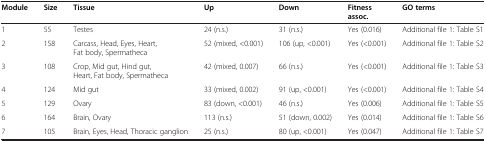
<table><thead><tr><td><b>Module</b></td><td><b>Size</b></td><td><b>Tissue</b></td><td><b>Up</b></td><td><b>Down</b></td><td><b>Fitness assoc.</b></td><td><b>GO terms</b></td></tr></thead><tbody><tr><td>1</td><td>55</td><td>Testes</td><td>24 (n.s.)</td><td>31 (n.s.)</td><td>Yes (0.016)</td><td>Additional file 1: Table S1</td></tr><tr><td>2</td><td>158</td><td>Carcass, Head, Eyes, Heart, Fat body, Spermatheca</td><td>52 (mixed, &lt;0.001)</td><td>106 (up, &lt;0.001)</td><td>Yes (&lt;0.001)</td><td>Additional file 1: Table S2</td></tr><tr><td>3</td><td>108</td><td>Crop, Mid gut, Hind gut, Heart, Fat body, Spermatheca</td><td>42 (mixed, 0.007)</td><td>66 (n.s.)</td><td>Yes (&lt;0.001)</td><td>Additional file 1: Table S3</td></tr><tr><td>4</td><td>124</td><td>Mid gut</td><td>33 (mixed, 0.002)</td><td>91 (up, &lt;0.001)</td><td>Yes (&lt;0.001)</td><td>Additional file 1: Table S4</td></tr><tr><td>5</td><td>129</td><td>Ovary</td><td>83 (down, &lt;0.001)</td><td>46 (n.s.)</td><td>Yes (0.006)</td><td>Additional file 1: Table S5</td></tr><tr><td>6</td><td>164</td><td>Brain, Ovary</td><td>113 (n.s.)</td><td>51 (down, 0.002)</td><td>Yes (0.014)</td><td>Additional file 1: Table S6</td></tr><tr><td>7</td><td>105</td><td>Brain, Eyes, Head, Thoracic ganglion</td><td>25 (n.s.)</td><td>80 (up, &lt;0.001)</td><td>Yes (0.047)</td><td>Additional file 1: Table S7</td></tr></tbody></table>